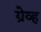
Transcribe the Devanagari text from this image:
ग्रेव्ह